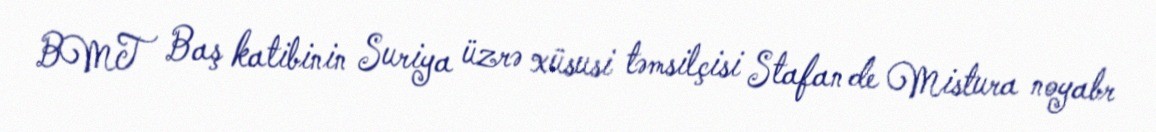
BMT Baş katibinin Suriya üzrə xüsusi təmsilçisi Stafan de Mistura noyabr